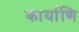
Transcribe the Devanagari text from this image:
कार्याणि